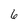
Character: 6